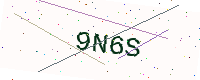
Text: 9N6S